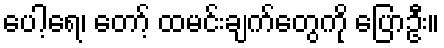
ပေါ့ရေ၊ တော့် ထမင်းချက်တွေကို ပြောဦး။